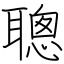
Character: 聰